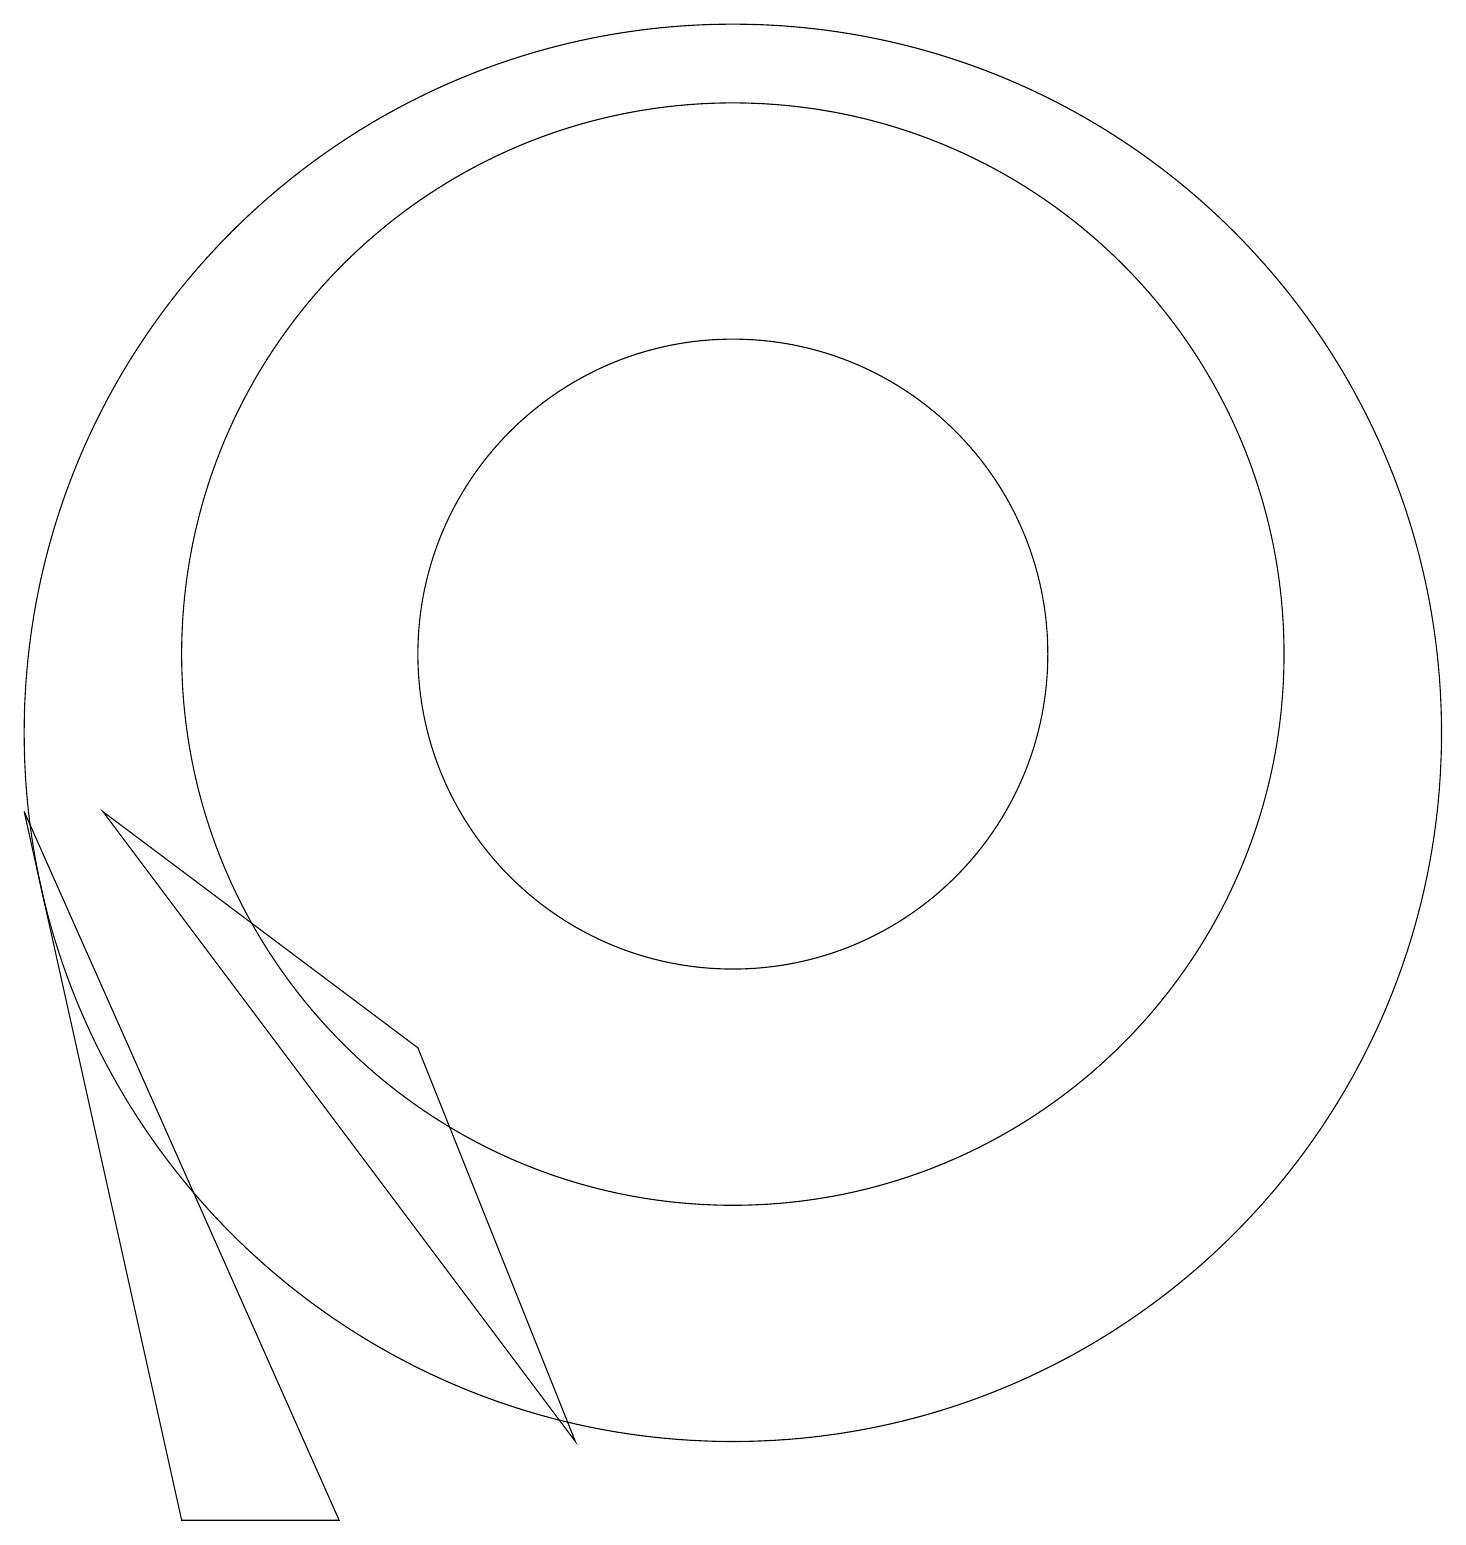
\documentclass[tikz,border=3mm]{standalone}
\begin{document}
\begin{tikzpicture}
\draw (11,10) circle (9);
\draw (11,11) circle (7);
\draw (3,9) -- (9,1) -- (7,6) -- cycle;
\draw (4,0) -- (2,9) -- (6,0) -- cycle;
\draw (11,11) circle (4);
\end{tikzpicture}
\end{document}